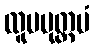
ထူပမုတ္တမံ